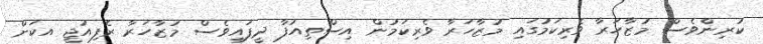
ކުރިންވެސް މުޒާހަރާ ވެރިކަމުގައި މުޒާހަރާ ވެރިކަމުން އިސްތިއުފާ ދީފައިވެސް މުޒާހަރާ ރެފިއުޖީ އކަށް